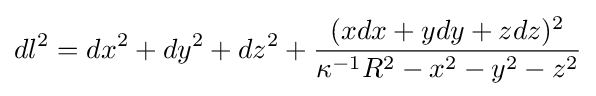
dl^{2}=dx^{2}+dy^{2}+dz^{2}+{\frac {(xdx+ydy+zdz)^{2}}{\kappa ^{-1}R^{2}-x^{2}-y^{2}-z^{2}}}